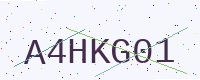
Text: A4HKG01